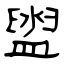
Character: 盥